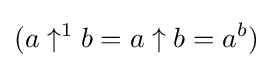
(a\uparrow ^{1}b=a\uparrow b=a^{b})